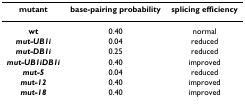
<table><thead><tr><td><b>mutant</b></td><td><b>base-pairing probability</b></td><td><b>splicing efficiency</b></td></tr></thead><tbody><tr><td><b>wt</b></td><td>0.40</td><td>normal</td></tr><tr><td><b><i>mut-UB1i</i></b></td><td>0.04</td><td>reduced</td></tr><tr><td><b><i>mut-DB1i</i></b></td><td>0.25</td><td>reduced</td></tr><tr><td><b><i>mut-UB1iDB1i</i></b></td><td>0.40</td><td>improved</td></tr><tr><td><b><i>mut-5</i></b></td><td>0.04</td><td>reduced</td></tr><tr><td><b><i>mut-12</i></b></td><td>0.40</td><td>improved</td></tr><tr><td><b><i>mut-18</i></b></td><td>0.40</td><td>improved</td></tr></tbody></table>